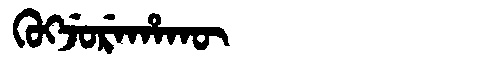
Manchu: ᡴᡠᡴᠵᡠᡵᡝᡥᠠᡴᡡ
Romanization: KUKJUREHAKŪ